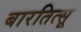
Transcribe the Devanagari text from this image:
बारतित्सू